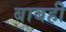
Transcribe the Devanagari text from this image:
बाबही